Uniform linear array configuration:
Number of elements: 24
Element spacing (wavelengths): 0.25
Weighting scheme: cosine
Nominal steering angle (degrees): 45
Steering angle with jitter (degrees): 46.185
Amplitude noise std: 0.05
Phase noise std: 0.05

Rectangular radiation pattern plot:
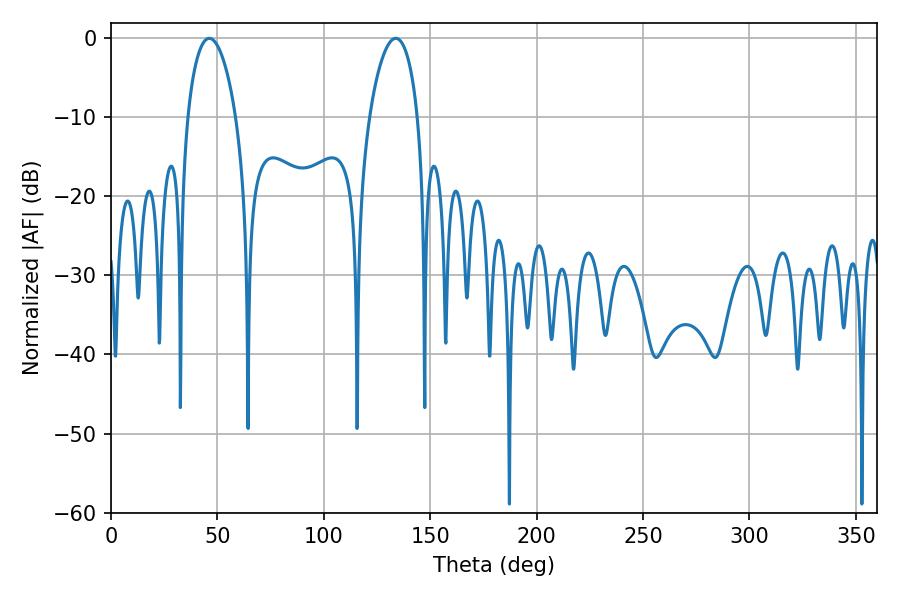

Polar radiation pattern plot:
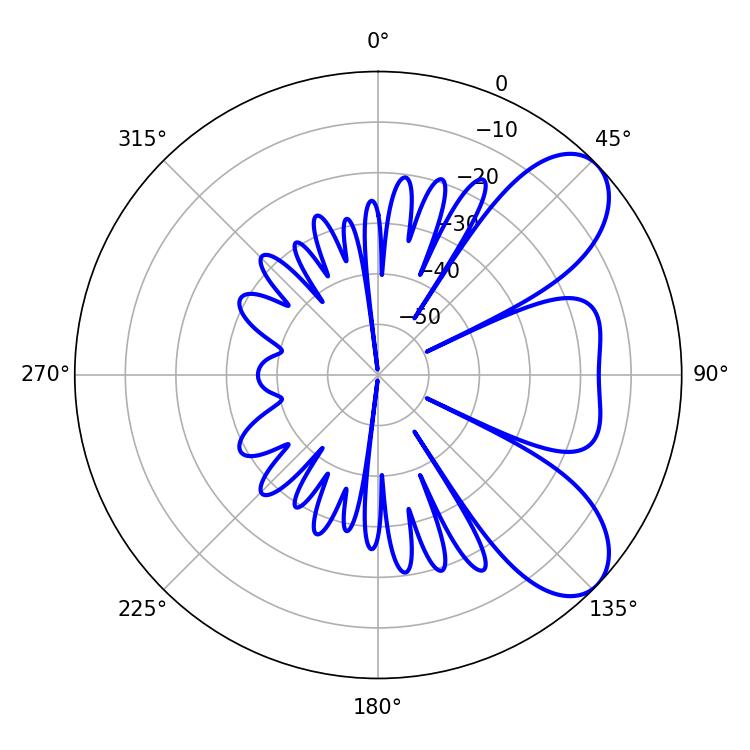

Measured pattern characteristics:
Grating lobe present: FALSE
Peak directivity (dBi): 7.412
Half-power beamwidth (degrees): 12.78
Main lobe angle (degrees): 46.26